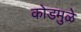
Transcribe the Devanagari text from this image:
कोडमुळे